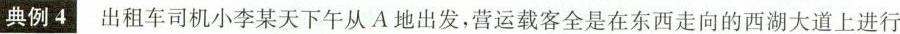
典例4 出租车司机小李某天下午从A地出发，营运载客全是在东西走向的西湖大道上进行